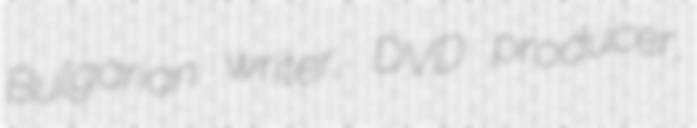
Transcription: Bulgarian writer, DVD producer,